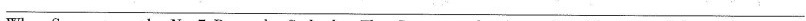
___